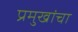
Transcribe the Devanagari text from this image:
प्रमुखांचा